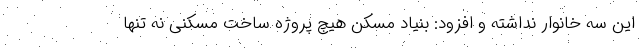
این سه خانوار نداشته و افزود: بنیاد مسکن هیچ پروژه ساخت مسکنی نه تنها